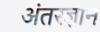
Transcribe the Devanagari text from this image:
अंतरज्ञान